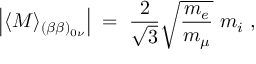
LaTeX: \left| \langle M \rangle _ { ( \beta \beta ) _ { 0 \nu } } \right| \; = \; \frac { 2 } { \sqrt { 3 } } \sqrt { \frac { m _ { e } } { m _ { \mu } } } ~ m _ { i } \; ,